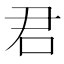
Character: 君